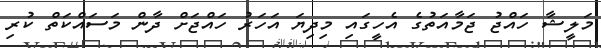
މަލީޝާ ހައްޖު ޖަމާއަތުގެ އެހީގައި މިދިޔަ އަހަރު ހައްޖަށް ދާން މަސައްކަތް ކުރި